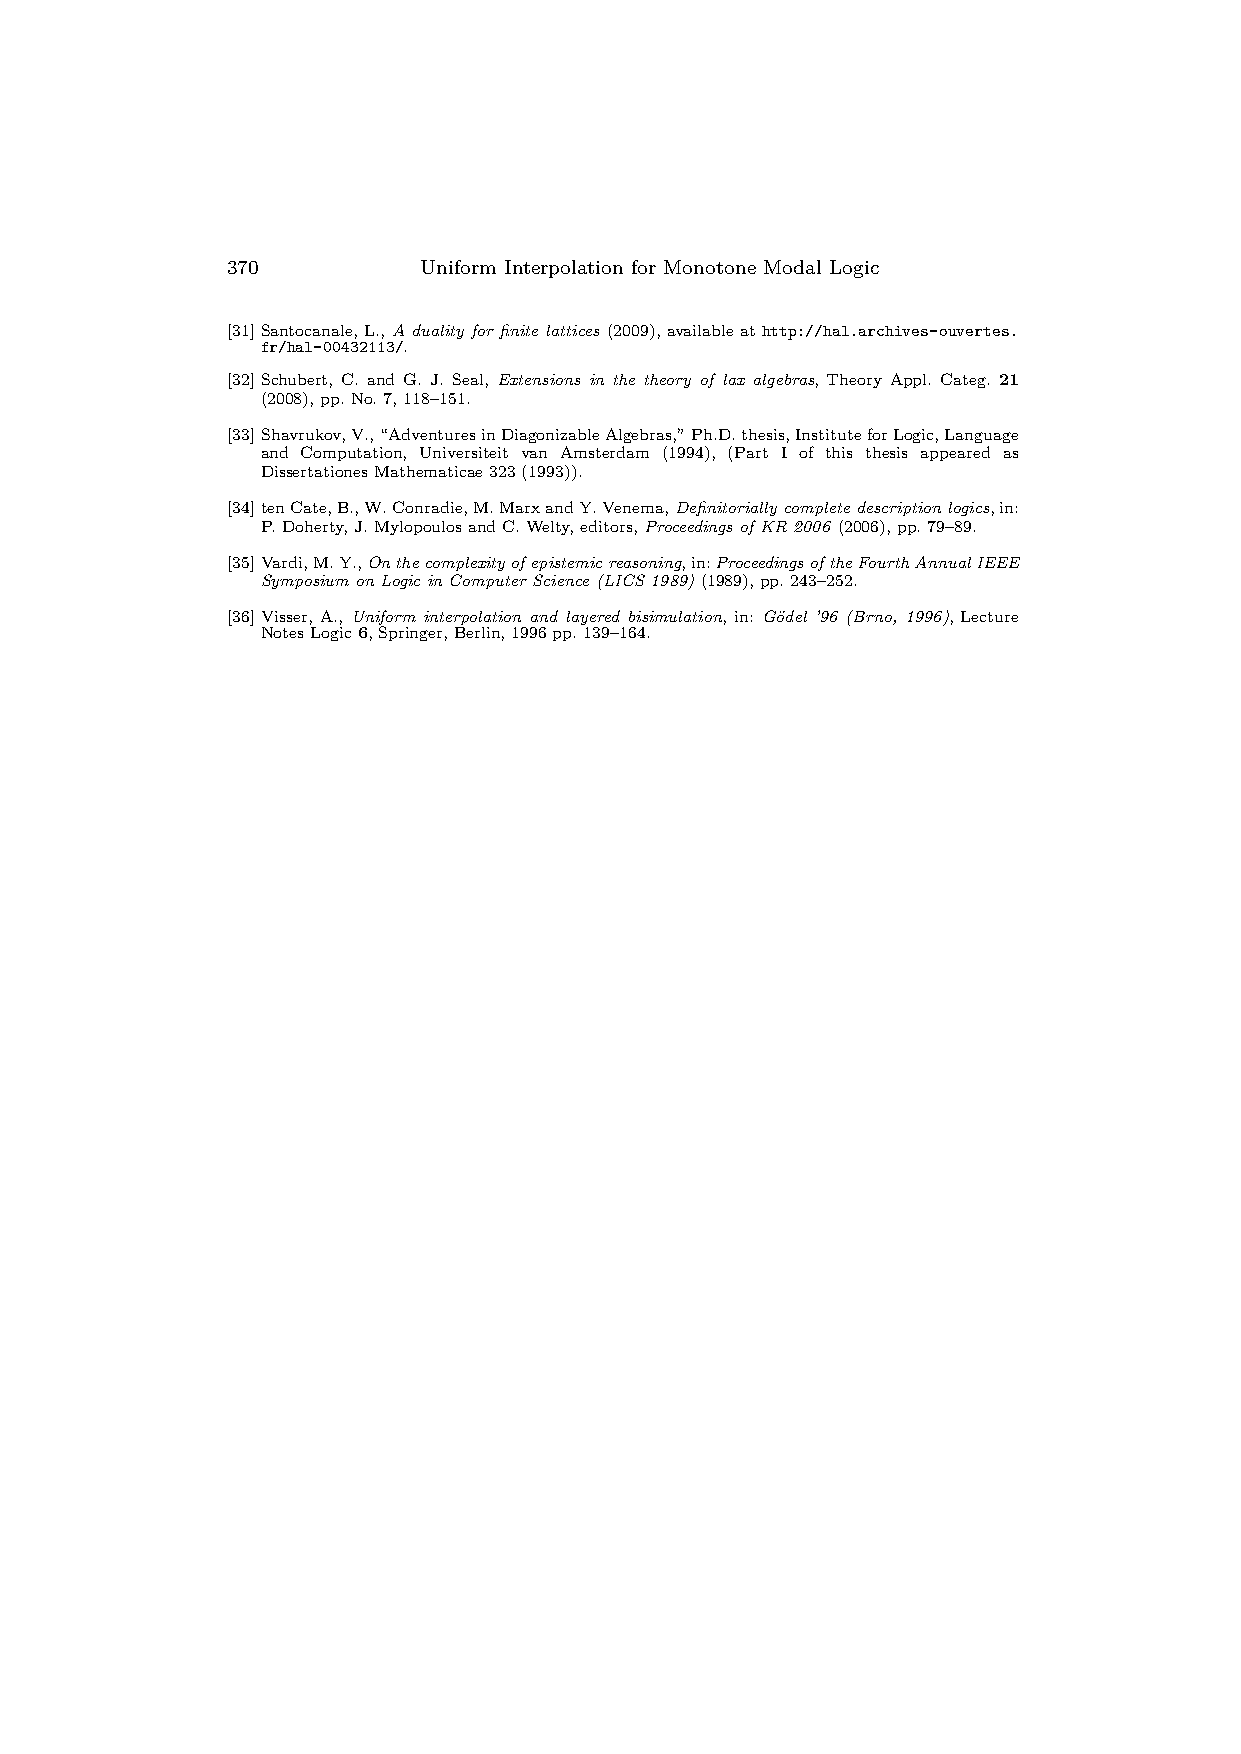
370          Uniform Interpolation for Monotone Modal Logic
 [31]Santocanale,L.,A duality for finite lattices (2009),available at http://hal.archives-ouvertes.
 fr/hal-00432113/.
 [32]Schubert, C. and G. J. Seal, Extensions in the theory of lax algebras, Theory Appl. Categ. 21
 (2008),pp.No.7,118–151.
 [33]Shavrukov,V.,“AdventuresinDiagonizableAlgebras,”Ph.D.thesis,InstituteforLogic,Language
 and Computation, Universiteit van Amsterdam (1994), (Part I of this thesis appeared as
 DissertationesMathematicae323(1993)).
 [34]tenCate,B.,W.Conradie,M.MarxandY.Venema,Definitoriallycompletedescriptionlogics,in:
 P.Doherty,J.MylopoulosandC.Welty,editors,Proceedings of KR 2006 (2006),pp.79–89.
 [35]Vardi,M.Y.,Onthecomplexityofepistemicreasoning,in:ProceedingsoftheFourthAnnualIEEE
 Symposium on Logic in Computer Science (LICS 1989) (1989),pp.243–252.
 [36]Visser, A., Uniform interpolation and layered bisimulation, in: Go¨del ’96 (Brno, 1996), Lecture
 NotesLogic6,Springer,Berlin,1996pp.139–164.